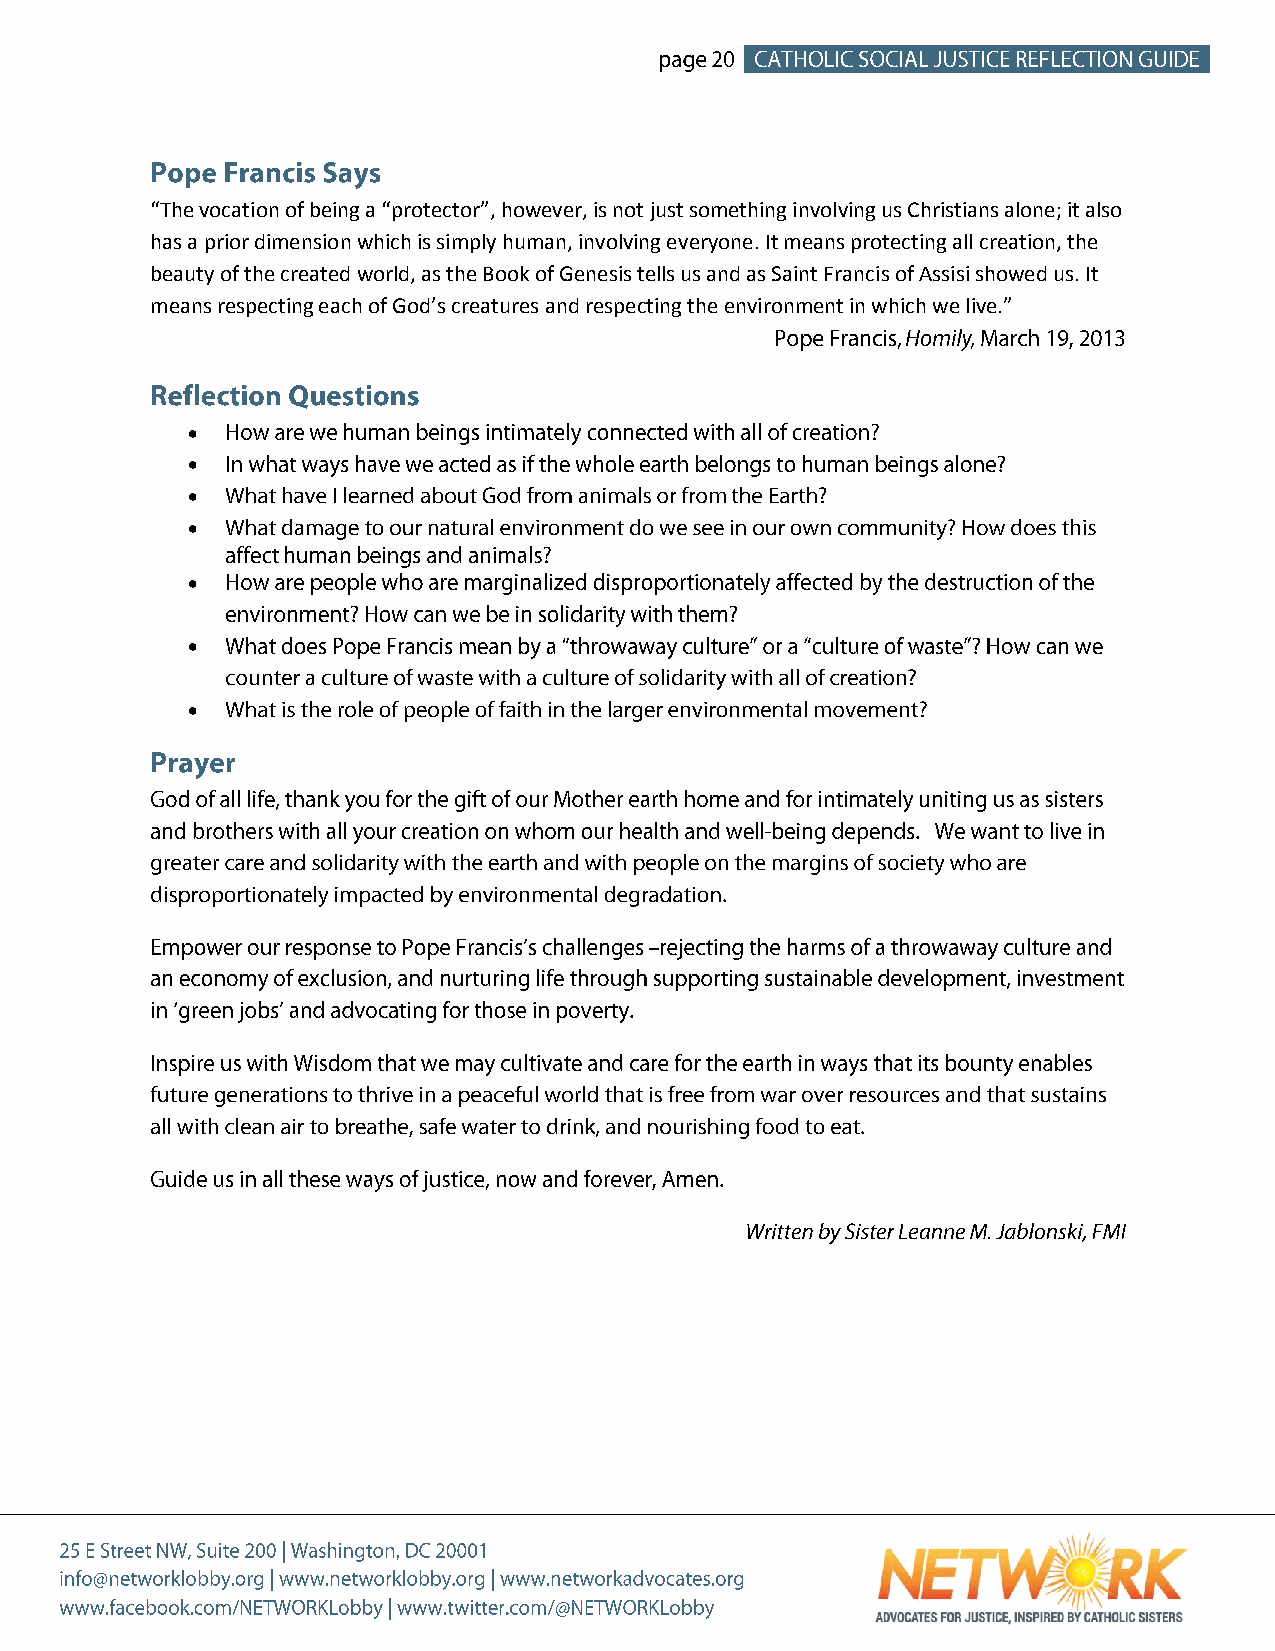
“The vocation of being a “protector”, however, is not just something involving us Christians alone; it also
 has a prior dimension which is simply human, involving everyone. It means protecting all creation, the
 beauty of the created world, as the Book of Genesis tells us and as Saint Francis of Assisi showed us. It
 means respecting each of God’s creatures and respecting the environment in which we live.”
 
 
 
 
 
 
 